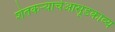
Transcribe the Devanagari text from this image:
शेतकऱ्याचेआसूडकाव्य